Vital statistics of India. Vol. IV, Annual returns from 1871 to 1876. British Army of India, Native Army and jails of Bengal
Year: 1871
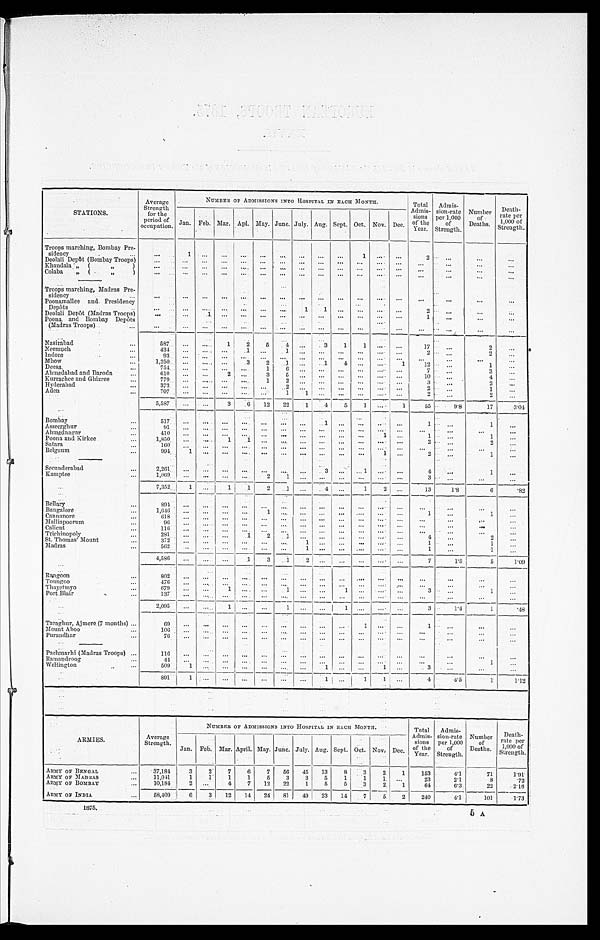
STATIONS,
Average
Strength for the
period of
occupation.
NUMBER OF ADMI SSI ONS I NTO HOSPI TAL I N EACH MONTH.
Total
A
dmist-
of the
Year. sions
Strength.
Admis-
sion-rate
per 1,000 of
Number of
Deaths.
Death-
rate per
1,000 of
Strength.
Jan. Feb. Mar. Apl. May. June. July. Aug. Sept. Oct. Nov. Dec.
Troops marching, Bombay Pre-
sidency
1
Deolali Depôt (Bombay Troops)
Khandala „(
„ )
Colaba „( „ )
Troops marching, Madras Pre-
sidency
Poonamallee and.Presidency
Depôts
..
Deolali Depot (Madras Troops)
Poona, and Bombay Depôts
(Madras Troops)
Nasirabad
587
1 2 5
4
3
1 1
17
2
Neemuch
434
1
1
2
Indore
93
Mhow
1,250
3 2
1
1
4
1
12
1
Deesa,
754,
1
6
7
3
Ahmedabad and Baroda
610
2
3 5
10
4
Kurrachee and Ghizree
779
1 2
3
2
Hyderabad
,
373
2
1
Aden
707
1
1
2
2
5,587
3
6 12 22 1 4 5 1
I 1
55
9 . 8
17
3. 04
Bombay
5 1 7
1
Asseerghur
9 1
Ahmednagar
4 1 0
1
1
Poona and Kirkee
1,850
1
1
2
Satara
160
Belgaum
994 1
1
2
1
Secunderabad
.
2,261
3
1
4
1
Kamptee
1,069,
2 1
3
7,352
1
1 I
2 1
I 4
1
13
1. 8
6
. 8 2
Bellary
,
894
Bangalore
1,646
1
1
1
Cannanore
618
Malliapoorum
9 6
Calicut
116
Trichinopoly
281
1 2 1
4
2
St. Thomas' Mount
3 7 2
_
1
1
1
Madras
562
1
1
4,586
1 3 1
7
1.5
5
1.09
Rangoon
802
Toungoo
4 . 7 6
Thayetmyo
Port Blair
679
13
1
1
2,095 9
3
1.4
1
. 4 8
Taraghur, Ajmere (7 months)
69
Mount Aboo
106
Puraudhar
76
Paehmarhi (Madras Troops)
116
Ramandroog
44
1
Wellington
509
1 1
4
4 . 5
1
1.12
ARMIES.
NUMBER OF ADMISSIONS INTO HOSPITAL IN EACH MONTH.
Total
Admis- sions
of the
Year.
Admi s-
sion-rate per 1,000
of
Strength.
Number of
Deaths.
Death- n
rate per
1,000 of I
Strength. I
Average
Strength. Jan. Feb. Mar. April. May. June. July. Aug. Sept. Oct. Nov: Dec.
ARMY oF BENGAL 37,184
3
2 7 6 7 56 45 13 8 3
2 1 153
4.1
71
1. 91
ARMY OF MADRAS
11,041
1
1 1 1 5 3 3 5 1 1
1
1 23
2.1
8
.72
ARMT OF BOMBAY 10,184
2
4 7 12 22 1 5 5 3 2 1
64
6.3
22
2.16
ARMY OF INDIA
58,409
6 3 12 14 24 81 49 23 14
7
5 2 240
4.1 I.01
1.73